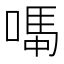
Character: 𫫆